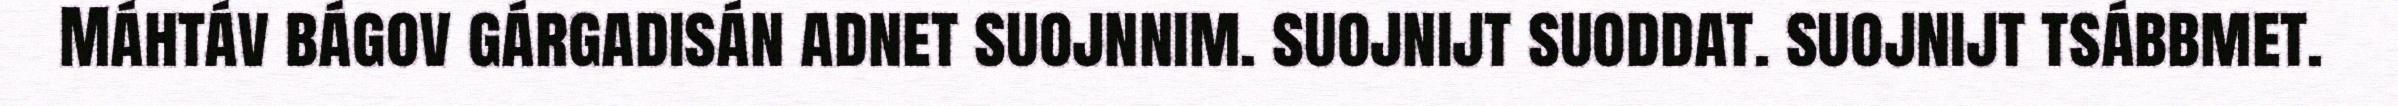
Máhtáv bágov gárgadisán adnet suojnnim. suojnijt suoddat. suojnijt tsábbmet.